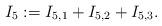
LaTeX: \begin{align*}I_5:=I_{5,1}+I_{5,2}+I_{5,3}.\end{align*}